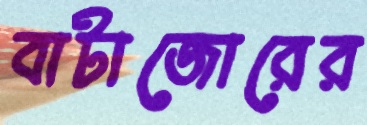
বাটাজোরের